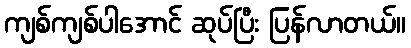
ကျစ်ကျစ်ပါအောင် ဆုပ်ပြီး ပြန်လာတယ်။